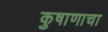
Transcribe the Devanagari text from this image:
कुषाणाचा